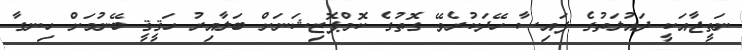
ނަތީޖާއަކީ ދައުލަތުގެ ފައިސާ ހޭދަކުރެވޭ ގޮތުގެ ކޮމްޕޮޒިޝަނަށް ބަލާއިރު ހަޤީޤީ ބޭނުމަށް ހިނގާ